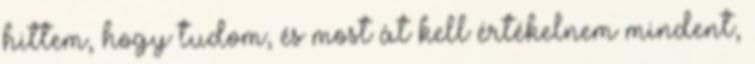
hittem, hogy tudom, és most át kell értékelnem mindent,